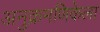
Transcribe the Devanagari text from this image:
अनुक्रमणिकेला